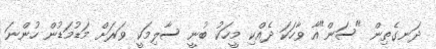
ދަނގެތިން "ސަން"އާ ވާހަކަ ދެއްކި މީހަކު ބުނީ ސާލިމަކީ ވަރަށް މަޑުމަޑުން ހުންނަ